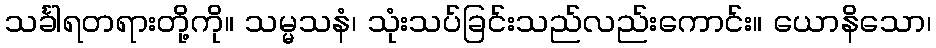
သင်္ခါရတရားတို့ကို။ သမ္မသနံ၊ သုံးသပ်ခြင်းသည်လည်းကောင်း။ ယောနိသော၊